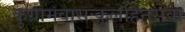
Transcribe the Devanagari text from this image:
कुग्रामवासःकुलहिनसेवा